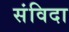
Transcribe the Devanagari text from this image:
संविदा